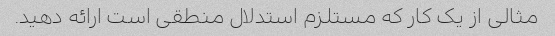
مثالی از یک کار که مستلزم استدلال منطقی است ارائه دهید.